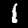
Digit: 1